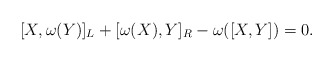
\begin{align*}[X,\omega(Y)]_{L}+[\omega(X),Y]_{R}-\omega([X,Y])=0.\end{align*}